Problem: 37 + 20 = ?
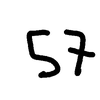
Handwritten answer: 57